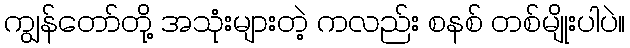
ကျွန်တော်တို့ အသုံးများတဲ့ ကလည်း စနစ် တစ်မျိုးပါပဲ။